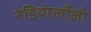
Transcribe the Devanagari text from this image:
रेडियोलॉंजी